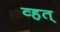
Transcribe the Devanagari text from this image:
व्हत्